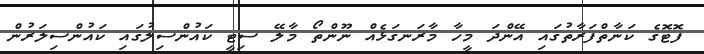
ފޮޓޮގެ ކަނާތްފަރާތުގައި އޭންދަ މީހާ މާރަނގަޅެއް ނޫންތޯ މާލޭ ސިޓީ ކައުންސިލުގައި ކައުންސިލަރުން